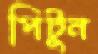
পিটুন